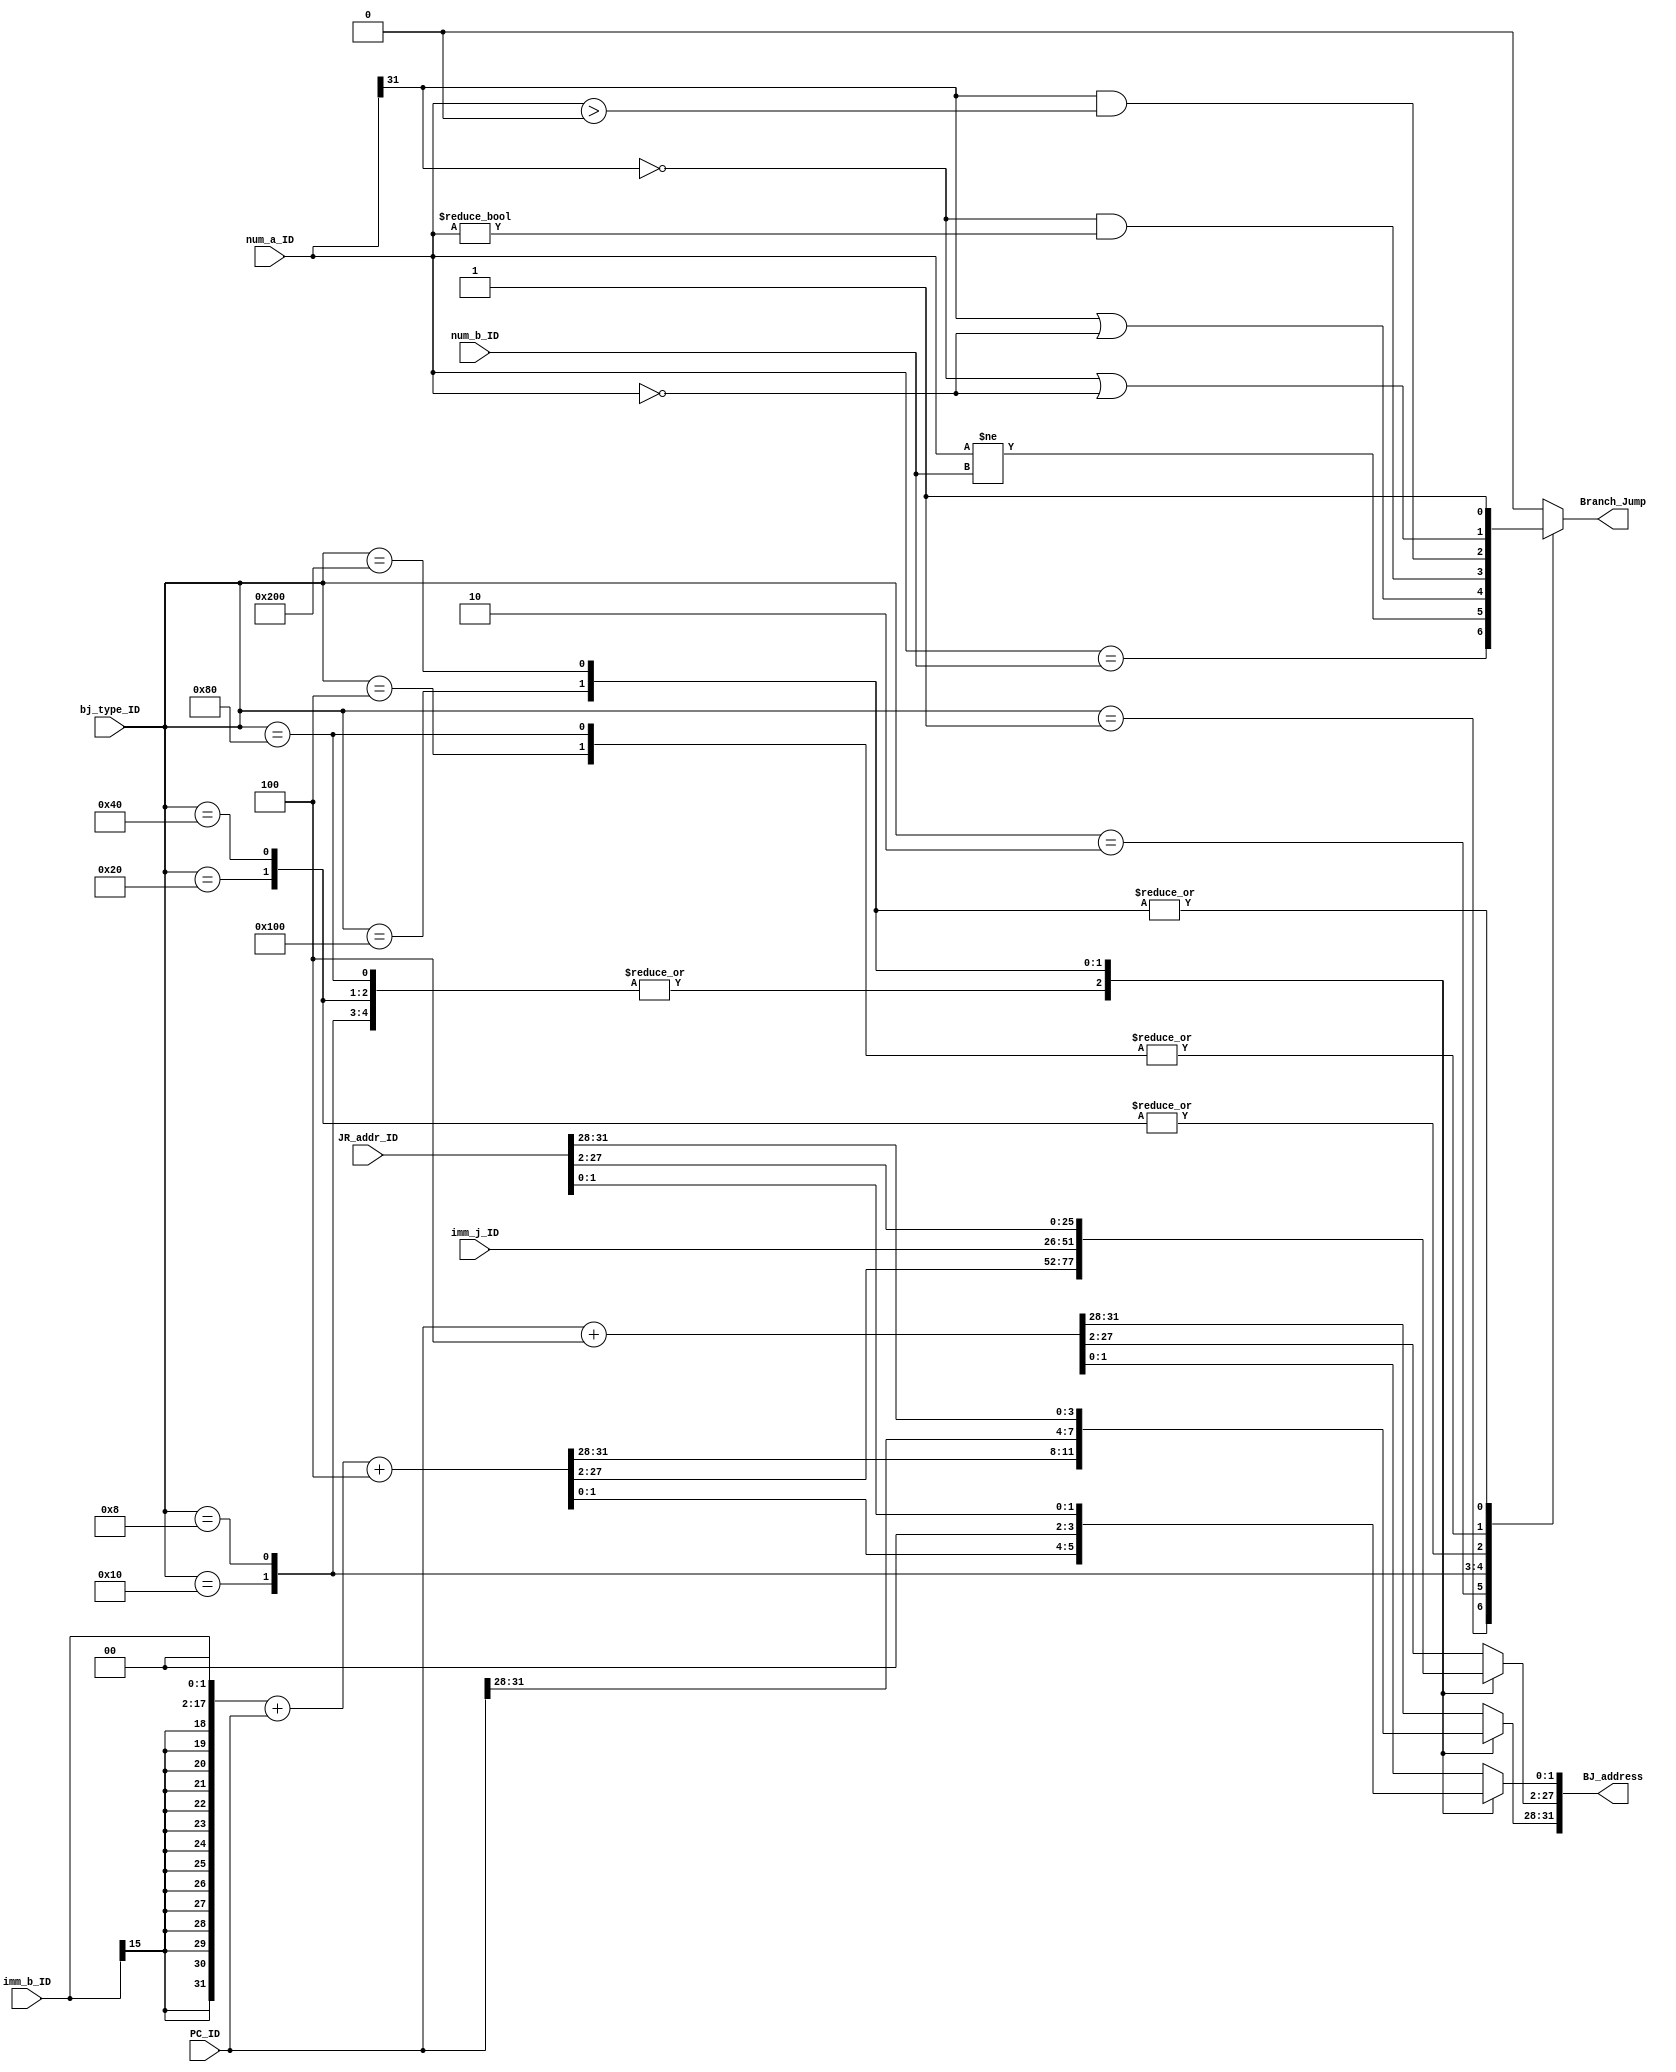
/*
**  
**  
**  jumpbranch
**  
*/

//b4j

`define BRANCH_BEQ 		32'd1
`define BRANCH_BNE 		32'd2
`define BRANCH_BGEZ 	32'd4
`define BRANCH_BGTZ 	32'd8
`define BRANCH_BLEZ 	32'd16
`define BRANCH_BLTZ 	32'd32
`define BRANCH_BLTZAL 	32'd64
`define BRANCH_BGEZAL 	32'd128
`define J_JAL 			32'd256
`define JALR_JR 		32'd512

module Branch_Jump_ID(
	input wire [9:0]			bj_type_ID, //10 104
    input wire [31:0]			num_a_ID,  	//1
    input wire [31:0]			num_b_ID,  	//2
    input wire [15:0]			imm_b_ID,  	//16
    input wire [25:0]			imm_j_ID,  	//26
    input wire [31:0]			JR_addr_ID, //JRnum_a_ID
    input wire [31:0]			PC_ID,     	//IDPC
    
	output reg 					Branch_Jump,//PC
    output reg [31:0]			BJ_address	//branjump
);
    

    wire sign;
    wire [31:0]imm_b_ID_32;
    assign sign = imm_b_ID[15];
    assign imm_b_ID_32 = { sign,sign,sign,sign,sign,sign,sign,sign,
                           sign,sign,sign,sign,sign,sign,sign,sign, imm_b_ID }; //

    //
    always@(*)begin
      case (bj_type_ID)
        `BRANCH_BEQ:begin
            BJ_address <= (imm_b_ID_32 << 2) + PC_ID + 32'd4;
            Branch_Jump <= (num_a_ID == num_b_ID);
        end 
        `BRANCH_BNE:begin
            BJ_address <= (imm_b_ID_32 << 2) + PC_ID + 32'd4;
            Branch_Jump <= (num_a_ID != num_b_ID);
        end
        `BRANCH_BGEZ:begin
            BJ_address <= (imm_b_ID_32 << 2) + PC_ID + 32'd4;
            Branch_Jump <= (num_a_ID[31]==0||num_a_ID== 0);
        end
        `BRANCH_BLEZ:begin
            BJ_address <= (imm_b_ID_32 << 2) + PC_ID + 32'd4;
            Branch_Jump <= (num_a_ID[31]==1||num_a_ID== 0);
        end
        `BRANCH_BGTZ:begin
            BJ_address <= (imm_b_ID_32 << 2) + PC_ID + 32'd4;
            Branch_Jump <= ( num_a_ID[31]==0 && (num_a_ID != 0));
        end
        `BRANCH_BLTZ:begin
            BJ_address <= (imm_b_ID_32 << 2) + PC_ID + 32'd4;
            Branch_Jump <= (num_a_ID[31]==1&&num_a_ID > 0);
        end
        `BRANCH_BLTZAL:begin
            BJ_address <= (imm_b_ID_32 << 2) + PC_ID + 32'd4;
            Branch_Jump <= (num_a_ID[31]==1&&num_a_ID > 0);
        end
        `BRANCH_BGEZAL:begin
            BJ_address <= (imm_b_ID_32 << 2) + PC_ID + 32'd4;
            Branch_Jump <= (num_a_ID[31]==0||num_a_ID == 0);
        end
        `J_JAL:begin
            BJ_address[1:0] <= 2'b0;
            BJ_address[31:28] <= PC_ID[31:28];
            BJ_address[27:2] <= imm_j_ID[25:0];
            Branch_Jump <= 1'b1;
        end
        `JALR_JR:begin
            BJ_address <= JR_addr_ID;
            Branch_Jump <= 1'b1;
        end
        default: begin
           BJ_address <= PC_ID + 32'd4;
           Branch_Jump <= 1'b0;
        end
      endcase
    end
	
endmodule